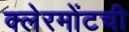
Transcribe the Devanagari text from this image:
क्लेरमोंटची